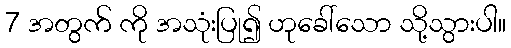
7 အတွက် ကို အသုံးပြု၍ ဟုခေါ်သော သို့သွားပါ။